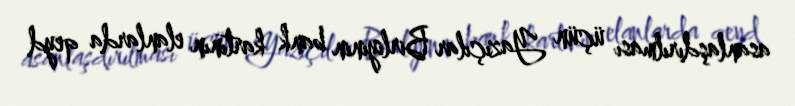
asanlaşdırılması üçün Yazıçılar Birliyinin bank kartının elanlarda qeyd